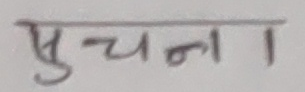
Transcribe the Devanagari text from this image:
सुचना